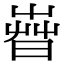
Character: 𣈤